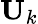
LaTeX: \textbf{U}_{k}